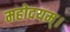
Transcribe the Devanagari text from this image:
महोदयम्।